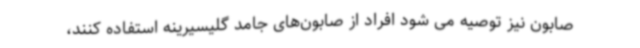
صابون نیز توصیه می شود افراد از صابون‌های جامد گلیسیرینه استفاده کنند،